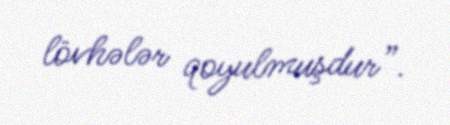
lövhələr qoyulmuşdur”.